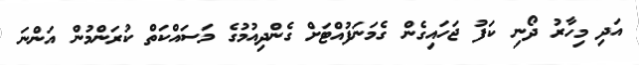
އަދި މިހާރު ދޯނި ކަފު ޖަހައިގެން ގެމަނަފުއްޓަށް ގެންދިއުމުގެ މަސައްކަތް ކުރަންމުން އަންނަ